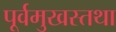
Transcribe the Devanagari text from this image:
पूर्वमुखस्तथा